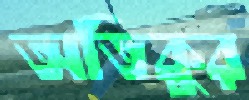
অতিকুর